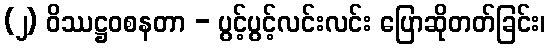
(၂) ဝိဿဋ္ဌဝစနတာ - ပွင့်ပွင့်လင်းလင်း ပြောဆိုတတ်ခြင်း၊